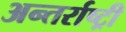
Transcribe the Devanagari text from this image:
अन्तर्राष्ट्री